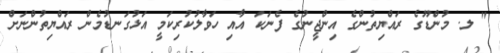
" ލ. މުންޑޫގެ ރައްޔިތުންގެ އިންޖީނުގެ ފެނަކަ އާއި ހަވާލުކުރިކަމީ އަޅުގަނޑުމެން ރައްޔިތުންނަށް